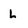
Character: L